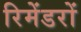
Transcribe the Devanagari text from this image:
रिमेंडरों